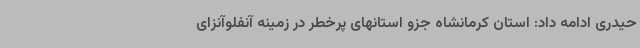
حیدری ادامه داد: استان کرمانشاه جزو استانهای پرخطر در زمینه آنفلوآنزای